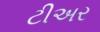
ટીઅર